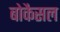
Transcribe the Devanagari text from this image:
बोकैसल